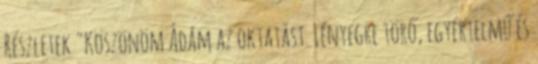
Részletek "Köszönöm Ádám az oktatást. Lényegre törő, egyértelmű és